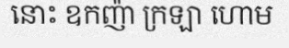
នោះ ឧកញ៉ា ក្រឡា ហោម